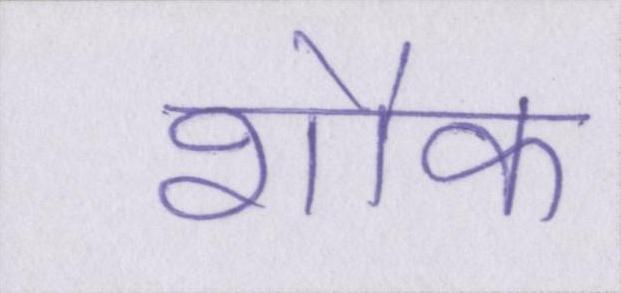
शौक